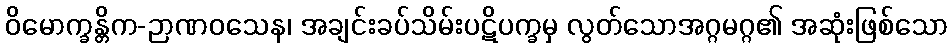
ဝိမောက္ခန္တိက-ဉာဏဝသေန၊ အချင်းခပ်သိမ်းပဋိပက္ခမှ လွတ်သောအဂ္ဂမဂ္ဂ၏ အဆုံးဖြစ်သော